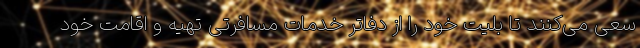
سعی می‌کنند تا بلیت خود را از دفاتر خدمات مسافرتی تهیه و اقامت خود